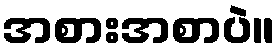
အစားအစာပဲ။